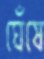
ঘেঁষে